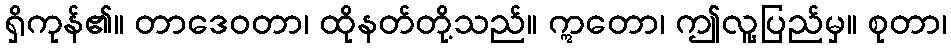
ရှိကုန်၏။ တာဒေဝတာ၊ ထိုနတ်တို့သည်။ ဣတော၊ ဤလူ့ပြည်မှ။ စုတာ၊